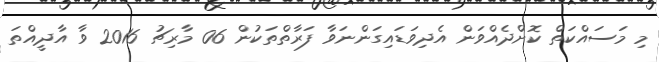
މި މަސައްކަތް ކޮށްދެއްވަން އެދިވަޑައިގަންނަވާ ފަރާތްތަކުން 06 މާރިޗު 2016 ވާ އާދީއްތަ